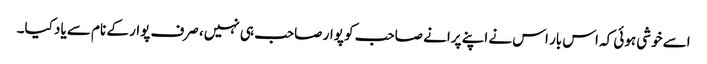
اسے خوشی ہوئی کہ اس بار اس نے اپنے پرانے صاحب کو پوار صاحب ہی نہیں، صرف پوار کے نام سے یاد کیا۔